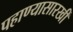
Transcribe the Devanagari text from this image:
पहाण्यासारखीं